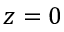
z = 0